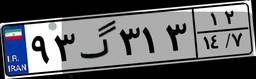
۹۳گ۳۱۳۱۲